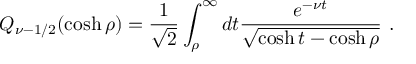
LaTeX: Q _ { \nu - 1 / 2 } ( \cosh \rho ) = \frac { 1 } { \sqrt { 2 } } \int _ { \rho } ^ { \infty } d t \frac { e ^ { - \nu t } } { \sqrt { \cosh t - \cosh \rho } } \ .